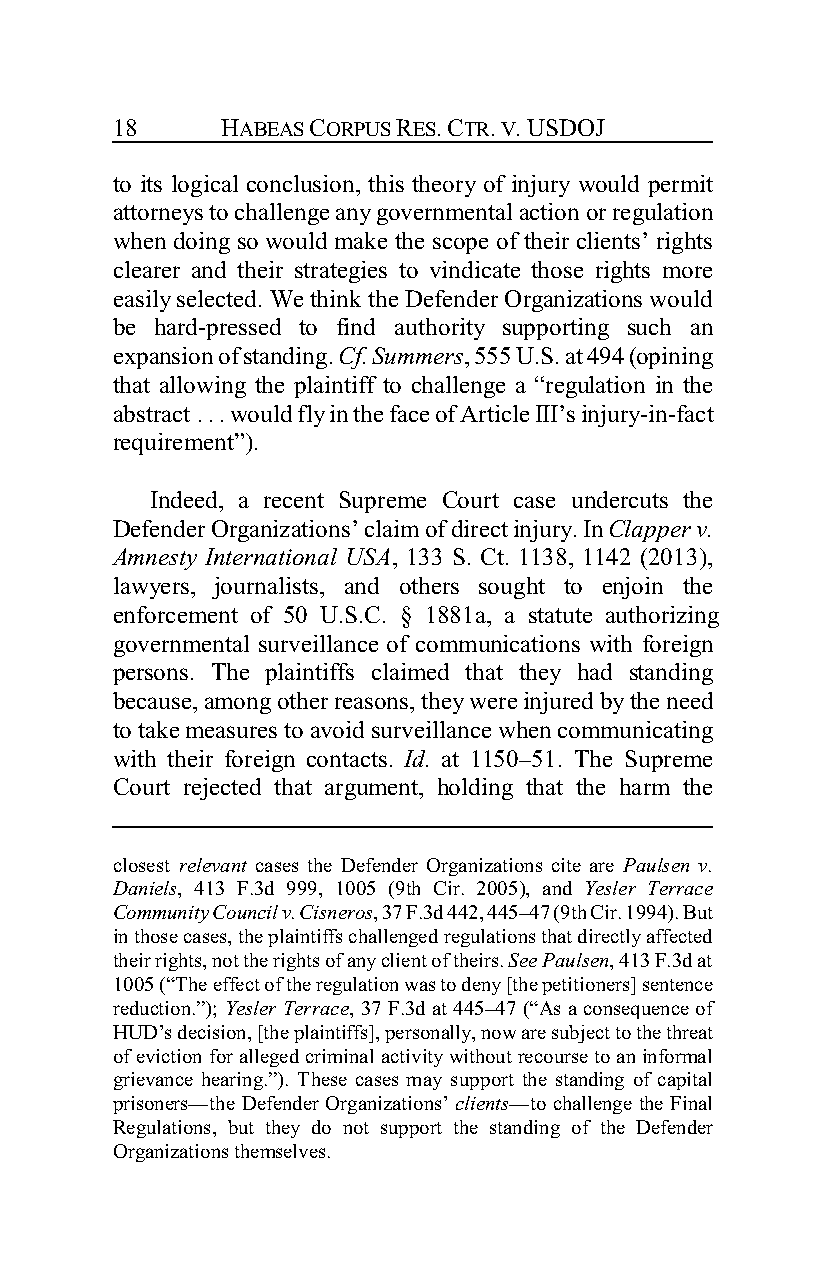
18      HABEAS CORPUS RES. CTR. V. USDOJ
 to its logical conclusion, this theory of injury would permit
 attorneys to challenge any governmental action or regulation
 when doing so would make the scope of their clients’ rights
 clearer and their strategies to vindicate those rights more
 easily selected. We think the Defender Organizations would
 be hard-pressed to find authority supporting such an
 expansion of standing. Cf. Summers, 555 U.S. at 494 (opining
 that allowing the plaintiff to challenge a “regulation in the
 abstract . . . would fly in the face of Article III’s injury-in-fact
 requirement”).
 Indeed, a recent Supreme Court case undercuts the
 Defender Organizations’ claim of direct injury. In Clapper v.
 Amnesty International USA, 133 S. Ct. 1138, 1142 (2013),
 lawyers, journalists, and others sought to enjoin the
 enforcement of 50 U.S.C. § 1881a, a statute authorizing
 governmental surveillance of communications with foreign
 persons. The plaintiffs claimed that they had standing
 because, among other reasons, they were injured by the need
 to take measures to avoid surveillance when communicating
 with their foreign contacts. Id. at 1150–51. The Supreme
 Court rejected that argument, holding that the harm the
 closest relevant cases the Defender Organizations cite are Paulsen v.
 Daniels, 413 F.3d 999, 1005 (9th Cir. 2005), and Yesler Terrace
 Community Council v. Cisneros, 37 F.3d 442, 445–47 (9th Cir. 1994). But
 in those cases, the plaintiffs challenged regulations that directly affected
 their rights, not the rights of any client of theirs. See Paulsen, 413 F.3d at
 1005 (“The effect of the regulation was to deny [the petitioners] sentence
 reduction.”); Yesler Terrace, 37 F.3d at 445–47 (“As a consequence of
 HUD’s decision, [the plaintiffs], personally, now are subject to the threat
 of eviction for alleged criminal activity without recourse to an informal
 grievance hearing.”). These cases may support the standing of capital
 prisoners—the Defender Organizations’ clients—to challenge the Final
 Regulations, but they do not support the standing of the Defender
 Organizations themselves.